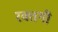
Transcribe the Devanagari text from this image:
रक्तगी